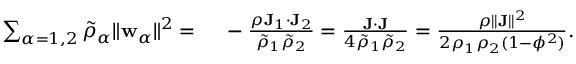
\begin{array} { r l } { \sum _ { \alpha = 1 , 2 } \tilde { \rho } _ { \alpha } \| \mathbf { w } _ { \alpha } \| ^ { 2 } = } & { { } ~ - \frac { \rho \mathbf { J } _ { 1 } \cdot \mathbf { J } _ { 2 } } { \tilde { \rho } _ { 1 } \tilde { \rho } _ { 2 } } = \frac { \mathbf { J } \cdot \mathbf { J } } { 4 \tilde { \rho } _ { 1 } \tilde { \rho } _ { 2 } } = \frac { \rho \| \mathbf { J } \| ^ { 2 } } { 2 \rho _ { 1 } \rho _ { 2 } ( 1 - \phi ^ { 2 } ) } . } \end{array}